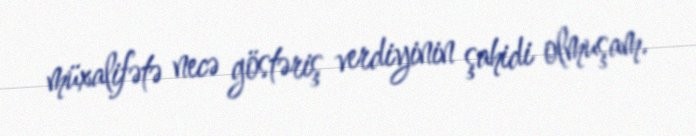
müxalifətə necə göstəriş verdiyinin şahidi olmuşam.